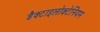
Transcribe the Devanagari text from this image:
डैक्टाइलोक्टेनियम